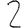
Digit: 2